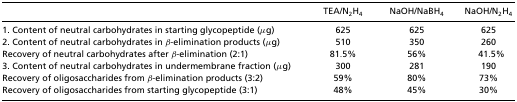
<table><thead><tr><td></td><td><b>TEA/N<sub>2</sub>H<sub>4</sub></b></td><td><b>NaOH/NaBH<sub>4</sub></b></td><td><b>NaOH/N<sub>2</sub>H<sub>4</sub></b></td></tr></thead><tbody><tr><td>1. Content of neutral carbohydrates in starting glycopeptide (μg)</td><td>625</td><td>625</td><td>625</td></tr><tr><td>2. Content of neutral carbohydrates in β-elimination products (μg)</td><td>510</td><td>350</td><td>260</td></tr><tr><td>Recovery of neutral carbohydrates after β-elimination (2:1)</td><td>81.5%</td><td>56%</td><td>41.5%</td></tr><tr><td>3. Content of neutral carbohydrates in undermembrane fraction (μg)</td><td>300</td><td>281</td><td>190</td></tr><tr><td>Recovery of oligosaccharides from β-elimination products (3:2)</td><td>59%</td><td>80%</td><td>73%</td></tr><tr><td>Recovery of oligosaccharides from starting glycopeptide (3:1)</td><td>48%</td><td>45%</td><td>30%</td></tr></tbody></table>